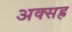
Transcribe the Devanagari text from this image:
अक्सह्र